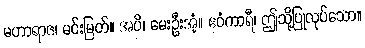
မဟာရာဇ၊ မင်းမြတ်။ အပိ၊ မေးဦးအံ့။ ဧဝံကာရီ၊ ဤသို့ပြုလုပ်သော။